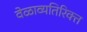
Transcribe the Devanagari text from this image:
वेळाव्यतिरिक्त